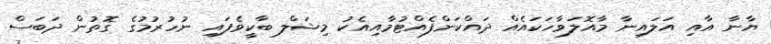
ޔާނާ އާއި އަލައިނާ މާއޮލަވާހަކައެއް ދައްކަންފެއްޓުމާއިއެކު މިޝަލް ބާކީވެފައި ނުހުރުމުގެ ގޮތުން ދަބަސް